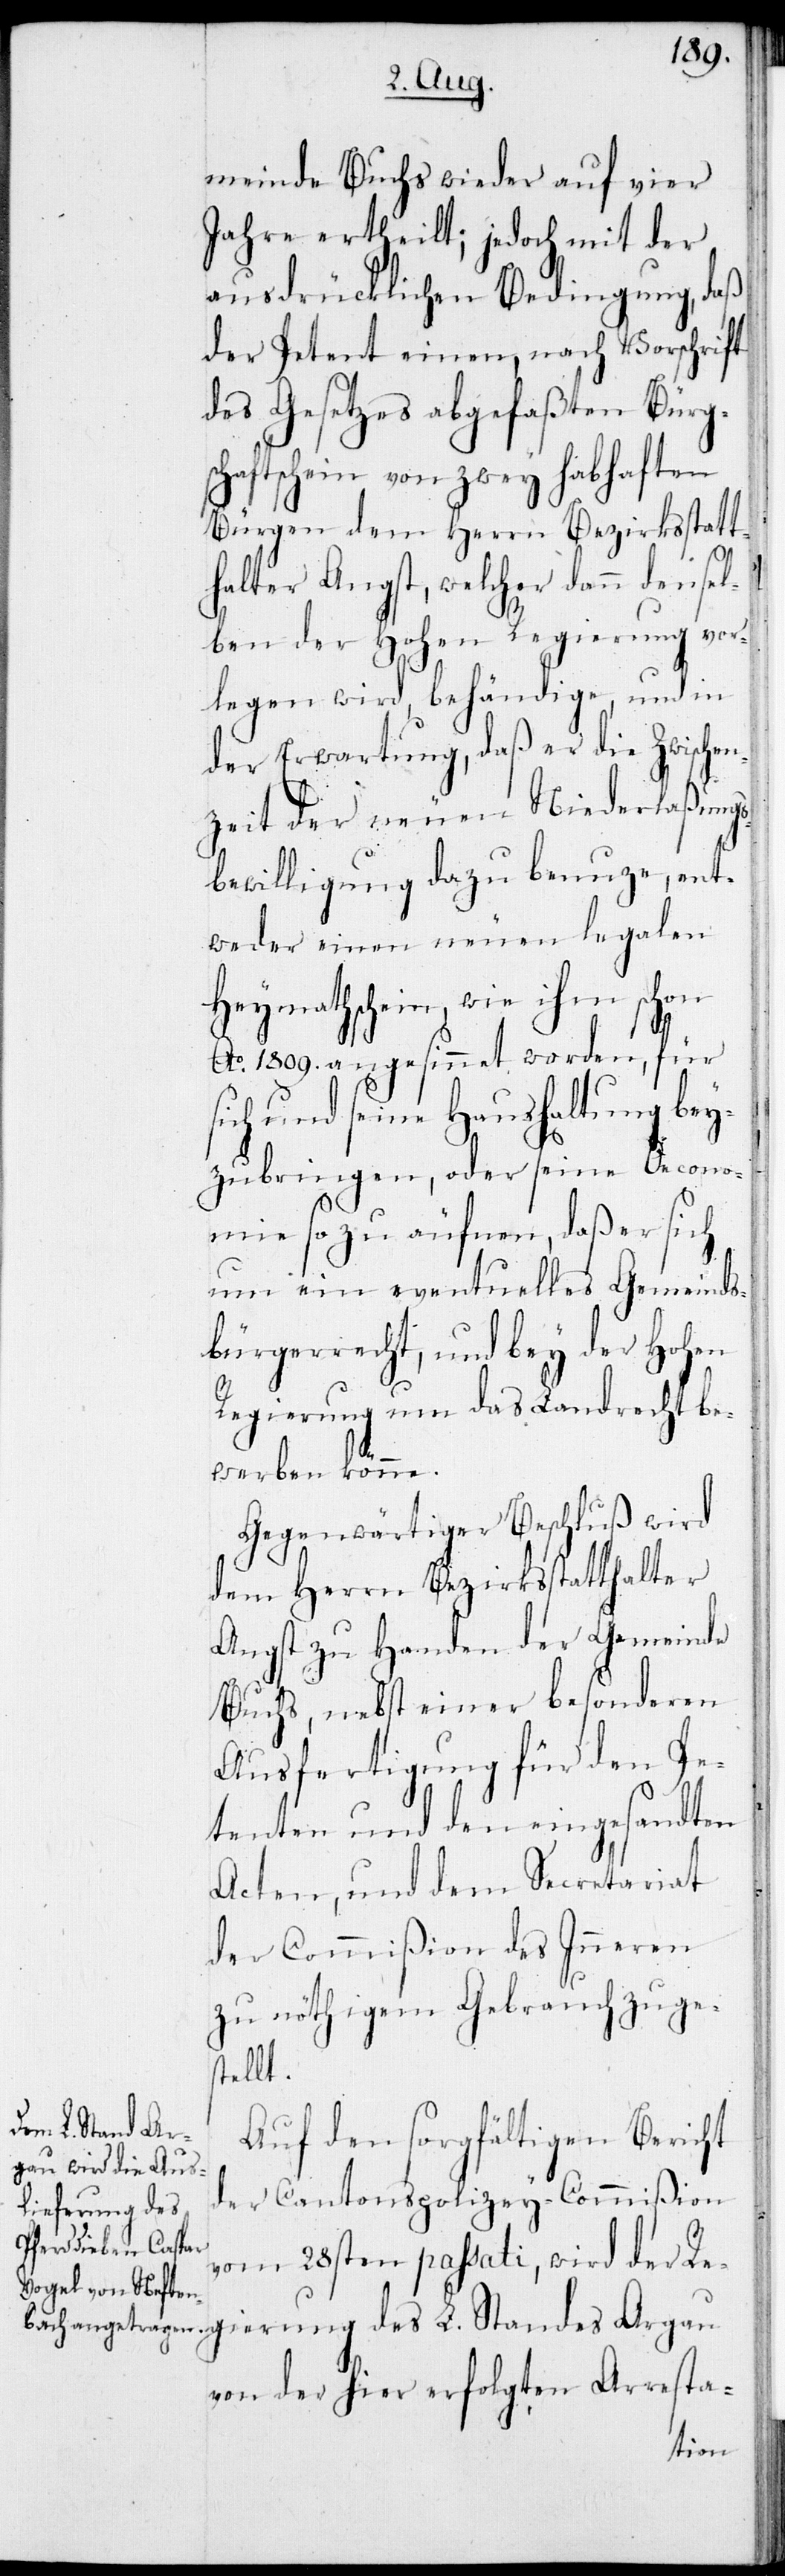
meinde Buchs wieder auf vier
Jahre ertheilt; jedoch mit der
ausdrücklichen Bedingung, daß
der Petent einen, nach Vorschrift
des Gesetzes abgefaßten Bürgs¬
chaftschein von zwey habhaften
Bürgen dem Herrn Bezirksstatt¬
L.
halter Angst, welcher dann densel¬
ben der Hohen Regieurng vor¬
legen wird, behändige, und in
der Erwartung, daß er die Zwischen¬
zeit der neuen Niederlaßungs¬
bewilligung dazu benuze, ent¬
weder einen neuen legalen
Heymathschein, wie ihm schon
Ao 1809. angesinnet worden, für
sich und seine Haushaltung bey¬
zubringen, oder seine Oecono¬
mie so zu äufnen , daß er sich
um ein eventuelles Gemeinds¬
bürgerrecht, und bey der Hohen
Regierung um das Landrecht be¬
werben könne.
Gegenwärtiger Beschluß wird
dem Herrn Bezirksstatthalter
Angst zu Handen der Gemeinde
Buchs, nebst einer besonderen
Ausfertigung für den Pe¬
tenten und den eingesandten
Acten, und dem Secretariat
der Commißion des Inneren
zu nöthigem Gebrauch zuge¬
stellt.
Auf den sorgfältigen Bericht
der Cantonspolizey-Commißion
ierung des
vom 28sten passati, wird der Reg¬
von der hier erfolgten Arresta-